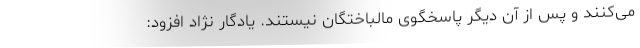
می‌کنند و پس از آن دیگر پاسخگوی مالباختگان نیستند. یادگار نژاد افزود: